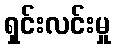
ရှင်းလင်းမှု